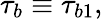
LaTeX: \tau_{b}\equiv\tau_{b1},